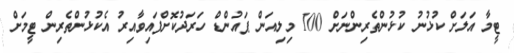
ޓީމާ އަލަށް ކުޅުނު ކުޅުންތެރިންނަށް 100 މިލިއަން ޕައުންޑް ހަރަދުކޮށްފައިވާއިރު އެކުޅުންތެރިން ޓީމަށް